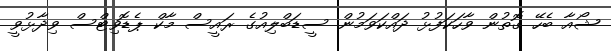
ޝޯއާ ބެހޭ ގޮތުން ވާހަކަފުޅު ދައްކަވަމުން ސީޑަބްލިއުގެ ރައީސް މާކް ޕެޑޮވިޓްސް ވިދާޅުވީ